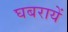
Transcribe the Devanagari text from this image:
घबरायें